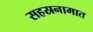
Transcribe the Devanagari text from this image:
सहस्रनामात